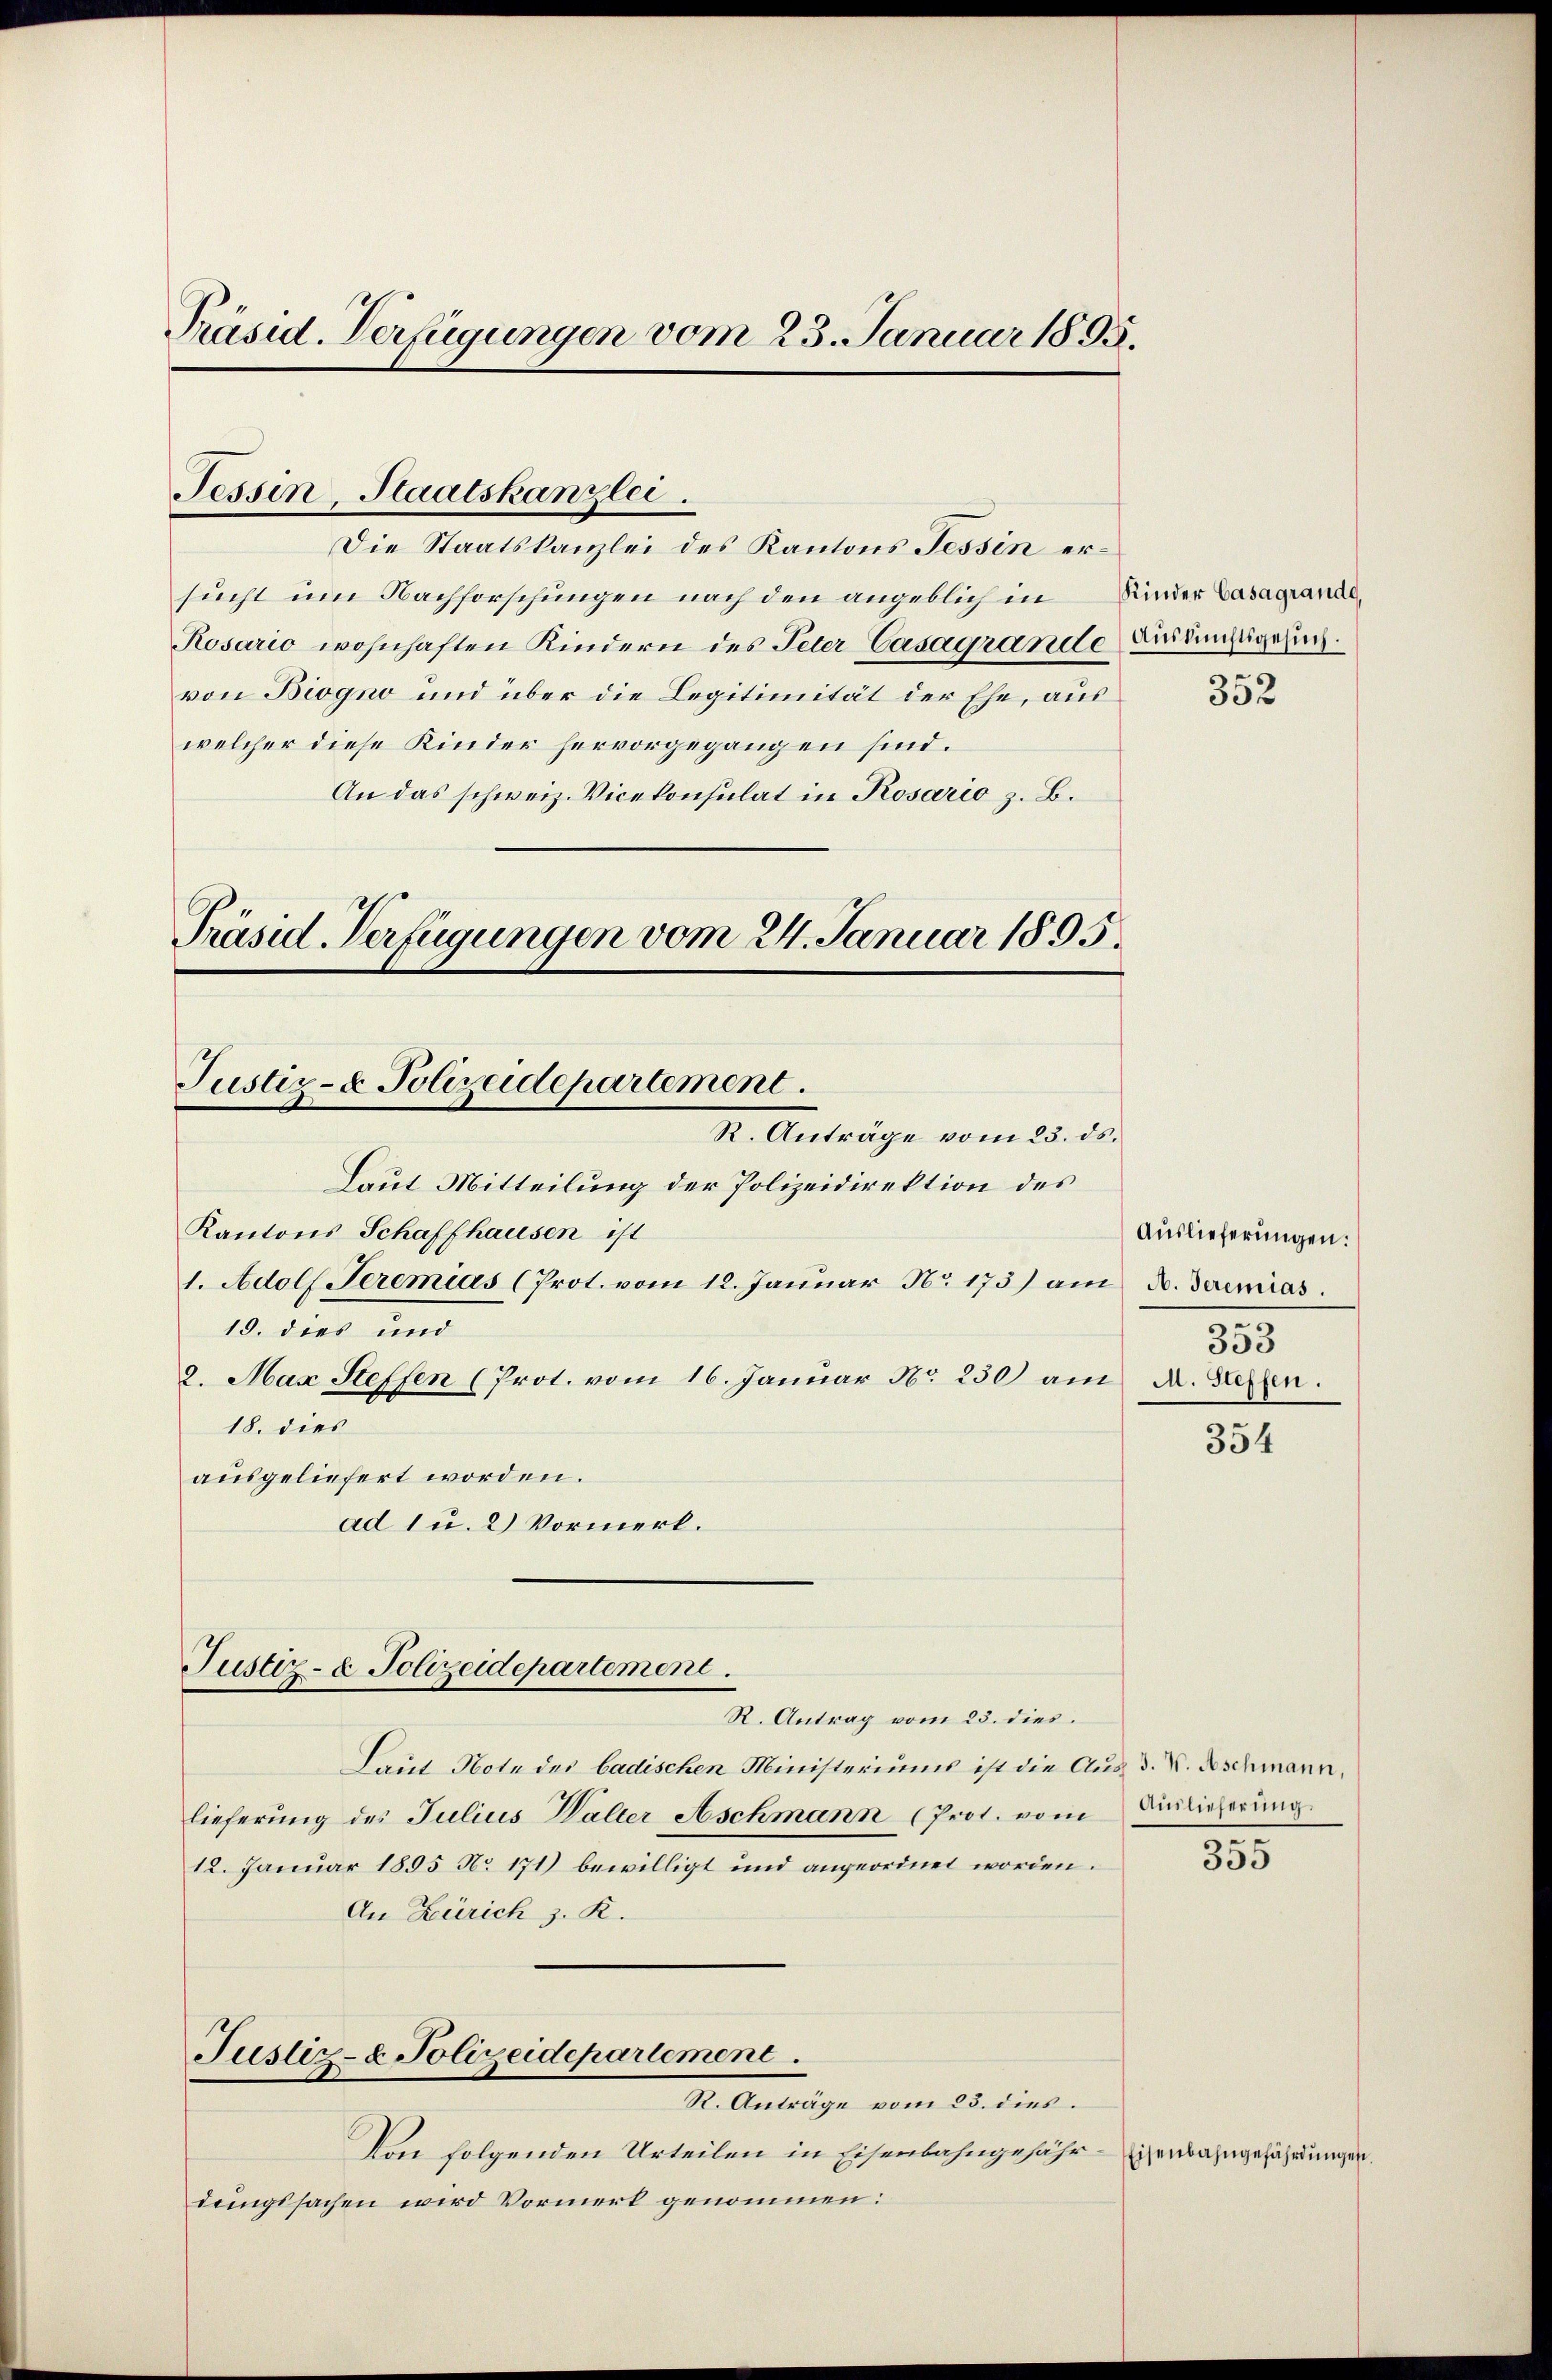
Präsid. Verfügungen vom 23. Januar 1895.

Tessin, Staatskanzlei.

Die Staatskanzlei des Kantons Tessin ersucht um Nachforschungen nach den angeblich in
Rosario wohnhaften Kindern des Peter Casagrande Dindünstigern.
von Biogno und über die Legitimität der Ehe, aus
welcher diese Kinder hervorgegangen sind.
An das schweiz. Vicekonsulat in Rosario z. B.

Präsid. Verfügungen vom 24. Januar 1895.
Justiz- & Polizeidepartement.
R. Anträge vom 25. ds.

Laut Mitteilung der Polizeidirektion des
Kantons Schaffhausen ist
1. Adolf Jeremias (Prot. vom 12. Januar No. 173) am 3. Junias.
18. dies und
2. Max Steffen (Prot. vom 16. Januar No 230 am 2. Seren.
18. dies
ausgeliefert worden.
ad 1 u. 2) Vormerk.

Justiz- & Polizeidepartement.

Laut Note des badischen Ministeriums ist die Aus d. V. Aschmann,
lieferung des Julius Waller Aschmann (Prot. vom Einlieferung
12. Januar 1895 No 171) bewilligt und angeordnet worden.
An Zürich z. R.
Justiz- & Polizeidepartement.
I. Antrage vom 23. die
Von folgenden Urteilen in Eisenbahngefähr - Eisenbahngefährdungen.
dungssachen wird Vormerk genommen:

R. Antrag vom 23. dies.

Kinder Casagrande,
352

Auslieferungen.
353

354

.

335